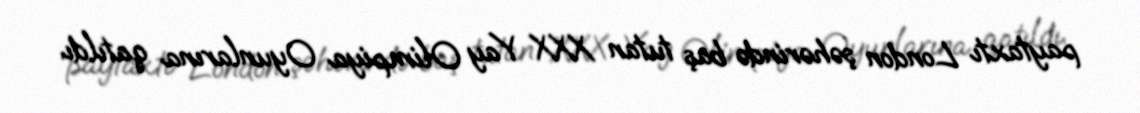
paytaxtı London şəhərində baş tutan XXX Yay Olimpiya Oyunlarına qatıldı.